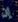
إن